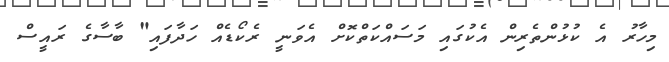
މިހާރު އެ ކުޅުންތެރިން އެކުގައި މަސައްކަތްކޮށް އެވަނީ ރެކޯޑެއް ހަދާފައި" ބާސާގެ ރައީސް